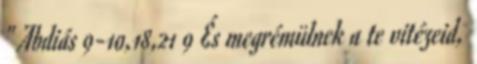
" Abdiás 9-10,18,21 9 És megrémülnek a te vitézeid,